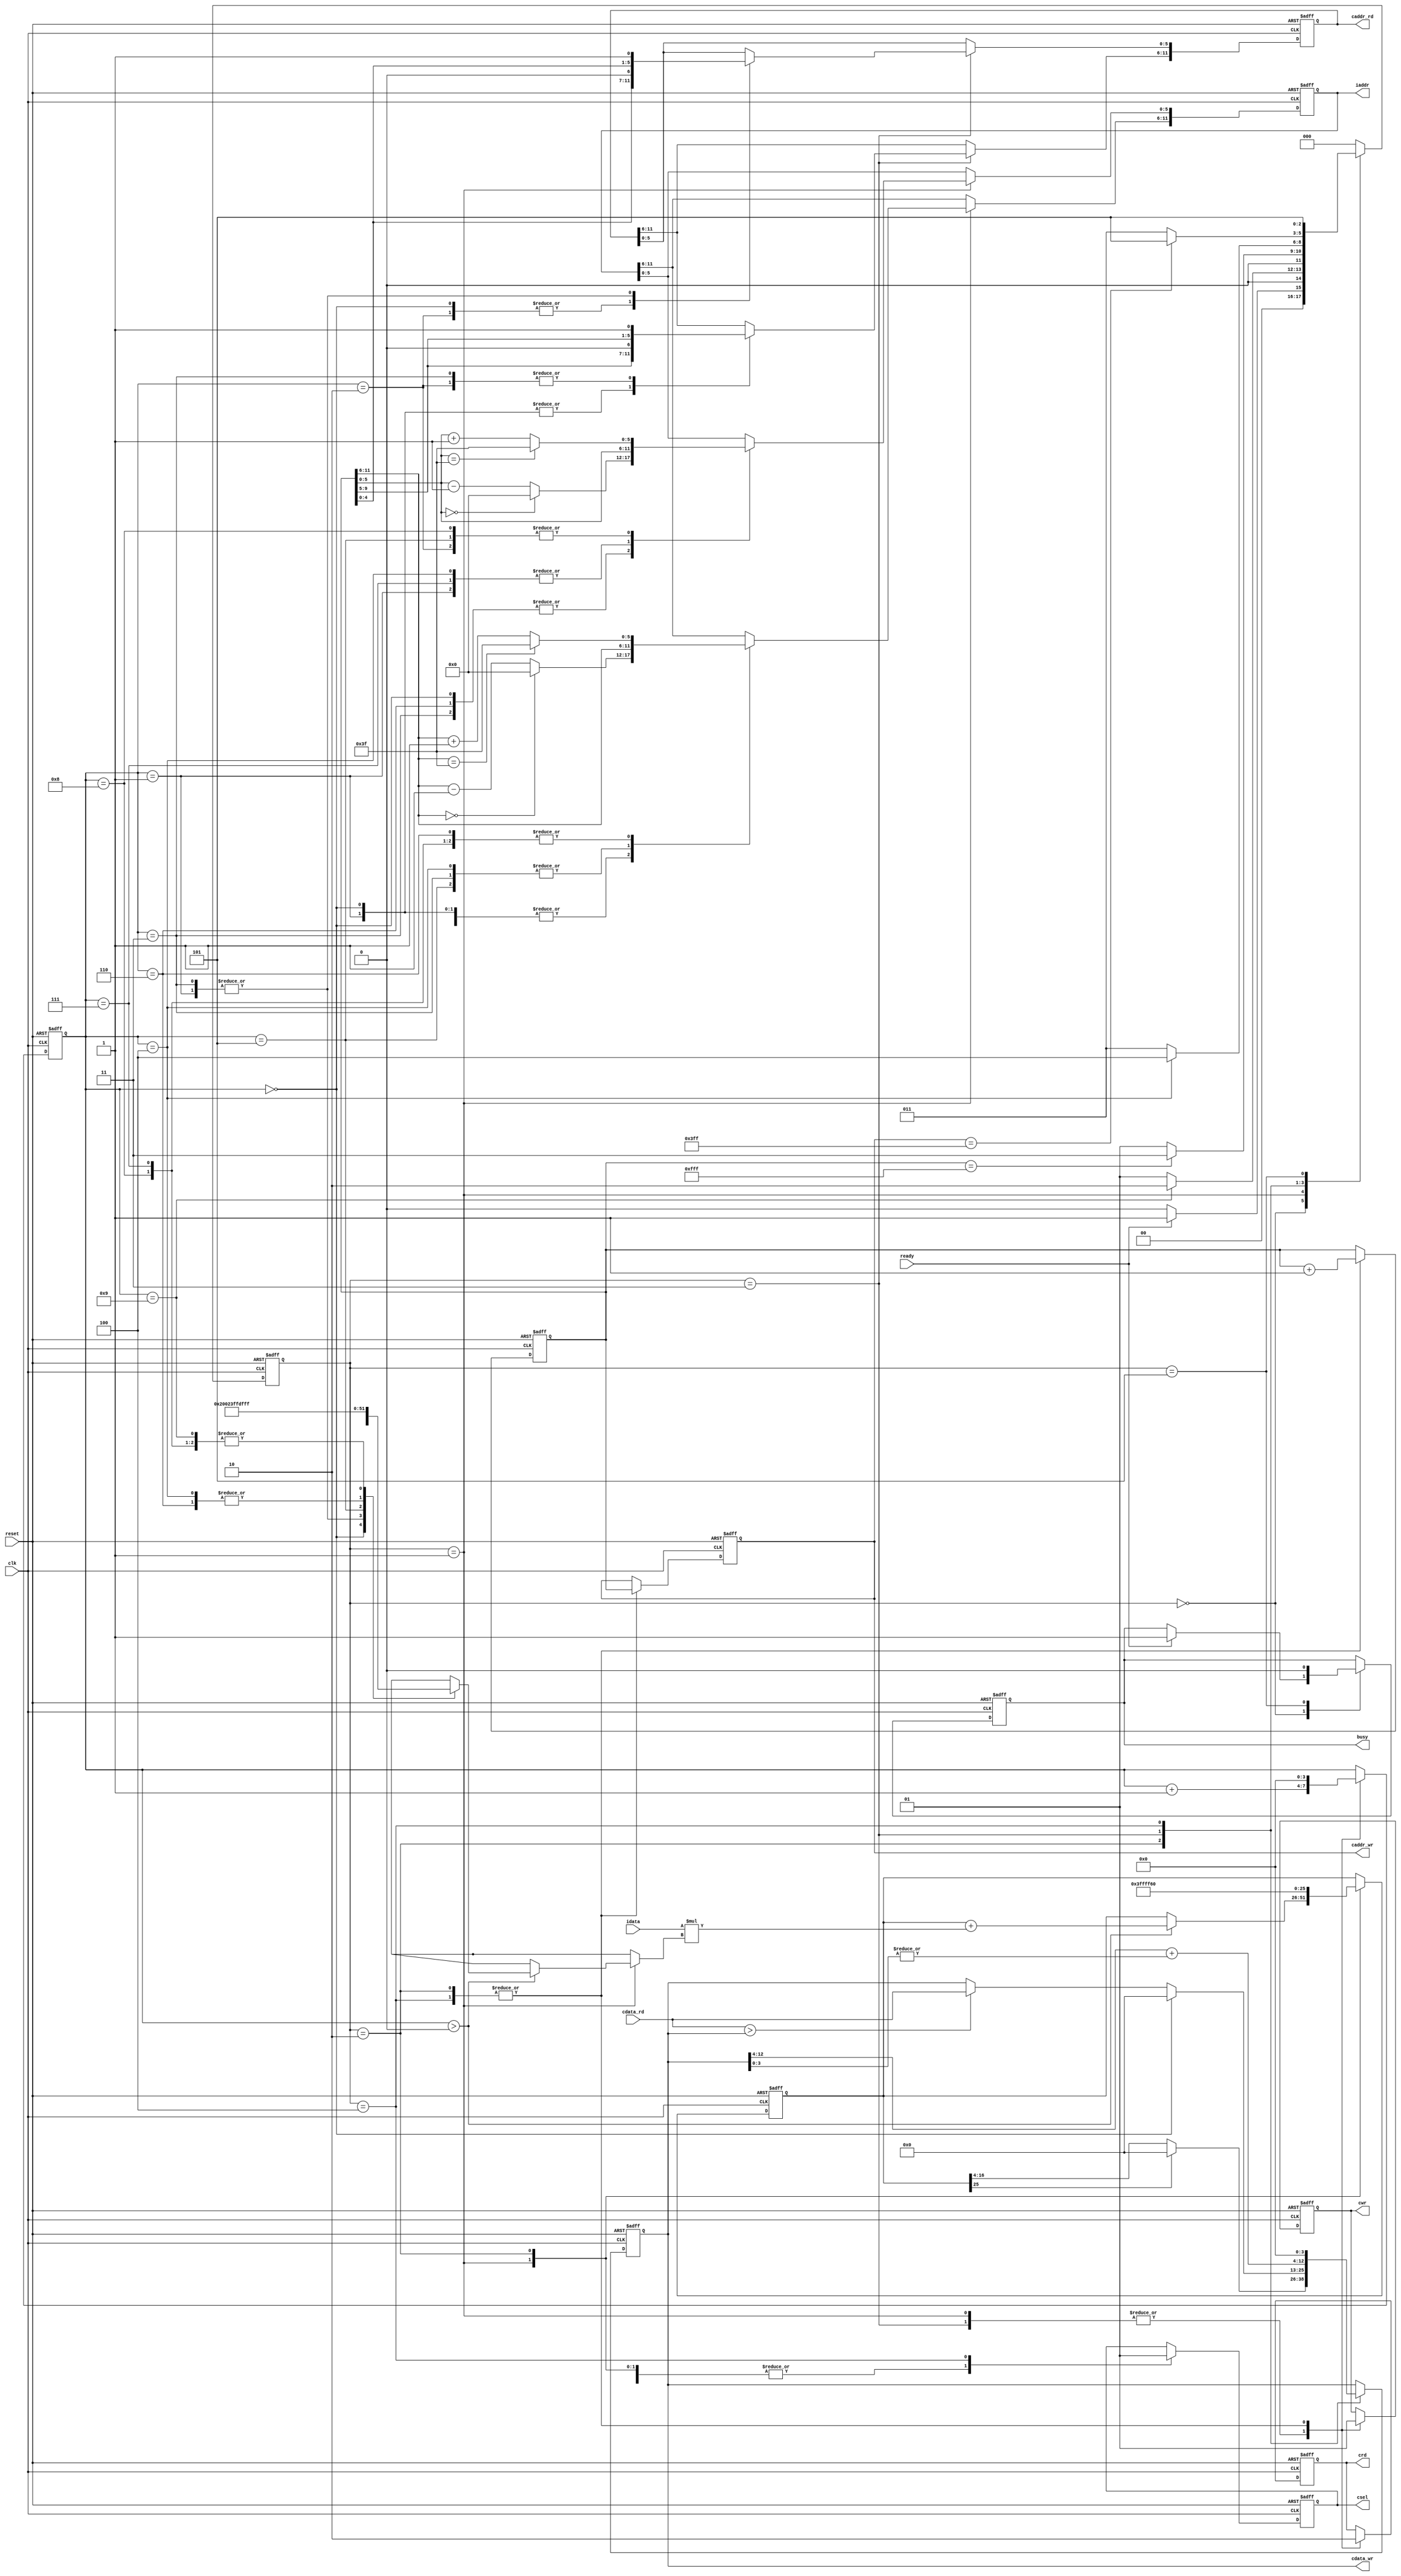
`timescale 1ns/10ps
module  CONV3x3(
	input		clk,
	input		reset,
	output	reg	busy,	
	input		ready,	
			
	output reg	[11:0]	iaddr,
	input signed [12:0]	idata,
	
	output	reg 	cwr,
	output  reg	[11:0]	caddr_wr,
	output reg 	[12:0] 	cdata_wr,
	output	reg 	crd,
	output reg	[11:0] 	caddr_rd,
	input 	[12:0] 	cdata_rd,
	output reg 	csel
	);


//-----Your design-----//

//state param
localparam INIT = 0;
localparam ATCONV_9PIXELS = 1;
localparam LAYER0_WRITERELU = 2;
localparam MAXPOOL_4PIXELS = 3;
localparam LAYER1_WRITECEILING = 4;
localparam FINISH = 5;

//kernel & bias
wire signed [12:0] kernel [1:9];
assign kernel[1] = 13'h0004; assign kernel[2] = 13'h1FFF; assign kernel[3] = 13'h0004;
assign kernel[4] = 13'h1FFE; assign kernel[5] = 13'h0008; assign kernel[6] = 13'h1FFE;
assign kernel[7] = 13'h1FFF; assign kernel[8] = 13'h1FFF; assign kernel[9] = 13'h1FFF;
wire signed [12:0] bias;
assign bias = 13'h1FF6;

//regs
reg [2:0] state, nextState;
reg [11:0] center; // Coordinate (row, column) = (center[11:6], center[5:0])
reg [3:0] counter; 
reg signed [25:0] convSum; // {mul_integer(18bits), mul_fraction(8bits)}

//constant param
localparam LENGTH = 6'd63;
localparam ZERO = 6'd0; 

//wire constants
wire [5:0] cx_add1,cx_minus1,cy_add1,cy_minus1;
assign cy_add1 = center[11:6] + 6'd1;
assign cy_minus1 = center[11:6] - 6'd1;
assign cx_add1 = center[5:0] + 6'd1 ;
assign cx_minus1 = center[5:0] - 6'd1;

//state ctrl
always @(posedge clk or posedge reset) begin
	if(reset) state <= INIT;
	else state <= nextState;
end

//next state logic
always @(*) begin
	case (state)
		INIT: nextState = (ready)? ATCONV_9PIXELS : INIT;
		ATCONV_9PIXELS: nextState = (counter == 4'd9)? LAYER0_WRITERELU : ATCONV_9PIXELS;
		LAYER0_WRITERELU: nextState = (center == 12'd4095)? MAXPOOL_4PIXELS : ATCONV_9PIXELS;
		MAXPOOL_4PIXELS: nextState = (counter == 4'd4)? LAYER1_WRITECEILING : MAXPOOL_4PIXELS;
		LAYER1_WRITECEILING: nextState = (caddr_wr == 12'd1023)? FINISH : MAXPOOL_4PIXELS; 
		FINISH: nextState = FINISH;
		default: nextState = INIT;
	endcase
end

//main sequential circuit
always @(posedge clk or posedge reset) begin
	if (reset) begin
		busy <= 1'd0;
		iaddr <= 12'd0;
		cwr <= 1'd0;
		caddr_wr <= 12'd0;
		cdata_wr <= 13'd0;
		crd <= 1'd1;
		caddr_rd <= 12'd0;
		csel <= 1'd0;

		center <= {6'd0 , 6'd0};
		counter <= 4'd0;
		convSum <= {{9{1'b1}}, bias, 4'd0}; // Sign extension
	end
	else begin
		case (state)
			INIT:begin
				if (ready) begin
					busy <= 1'd1;
				end
			end

			ATCONV_9PIXELS:begin
				csel <= 1'd0;
				crd <= 1'd1;
				cwr <= 1'd0;

				// use the pixel get and conv with corresponding kernel ( counter==0 means no pixel get yet )
				if(counter > 4'd0) begin
					convSum <= convSum + idata*kernel[counter];
				end
				counter <= counter + 4'd1;

				// request the next corresponding pixel for convolution
				case (counter) // -> for y axis	(row)
					0,1,2: iaddr[11:6] <= (center[11:6] == 6'd0) ? ZERO : cy_minus1;			    // (0,0) , (0,1) , (0,2)
					3,4,5: iaddr[11:6] <= center[11:6];									                                    // (1,0) , (1,1) , (1,2)
					6,7,8: iaddr[11:6] <= (center[11:6] == LENGTH) ? LENGTH : cy_add1;	// (2,0) , (2,1) , (2,2)
				endcase

				case (counter) // -> for x axis	(column)									
					0,3,6: iaddr[5:0] <= (center[5:0] == 6'd0) ? ZERO : cx_minus1;				// (0,0) , (1,0) , (2,0)
					1,4,7: iaddr[5:0] <= center[5:0];									                                    // (0,1) , (1,1) , (2,1)
					2,5,8: iaddr[5:0] <= (center[5:0] == LENGTH) ? LENGTH : cx_add1;		// (0,2) , (1,2) , (2,2)
				endcase
			end

			LAYER0_WRITERELU: begin
				csel <= 1'd0;
				crd <= 1'd0;
				cwr <= 1'd1;
				caddr_wr <= center;
				cdata_wr <= (convSum[25])? 13'd0 : convSum[16:4]; // ReLU
				// init the convSum and center --> kernel move to the next center and ready for convolution
				convSum <= {{9{1'b1}}, bias, 4'd0};
				center <= center + 12'd1;
				counter <= 4'd0;
			end

			MAXPOOL_4PIXELS: begin
				csel <= 1'd0;
				crd <= 1'd1;
				cwr <= 1'd0;

				// counter==0 means this cycle would send request for 1st pixel value, else comparison starts
				if (counter==0) begin
					cdata_wr <= 13'd0;
				end
				else if (cdata_rd > cdata_wr) begin 
					cdata_wr <= cdata_rd;
				end
				counter <= counter + 4'd1;

				// request the corresponding address' pixel value 
				case(counter) // -> for y axis	(row)
					0,1: caddr_rd[11:6] <= {center[9:5], 1'd0};
					2,3: caddr_rd[11:6] <= {center[9:5], 1'd1};
				endcase

				case(counter) // -> for x axis	(column)
					0,2: caddr_rd[5:0] <= {center[4:0], 1'd0};
					1,3: caddr_rd[5:0] <= {center[4:0], 1'd1};
				endcase
			end

			LAYER1_WRITECEILING: begin
				csel <= 1'd1;
				crd <= 1'd0;
				cwr <= 1'd1;
				caddr_wr <= center;
				cdata_wr <= { cdata_wr[12:4] + {8'd0,|cdata_wr[3:0]} , 4'd0 }; // Round up
				// init for next center -> kernel move to the next center
				center <= center + 12'd1; 
				counter <= 4'd0;
			end

			FINISH: begin
				busy <= 1'd0;
			end

		endcase
	end
end

endmodule